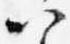
以